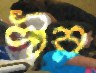
দীর